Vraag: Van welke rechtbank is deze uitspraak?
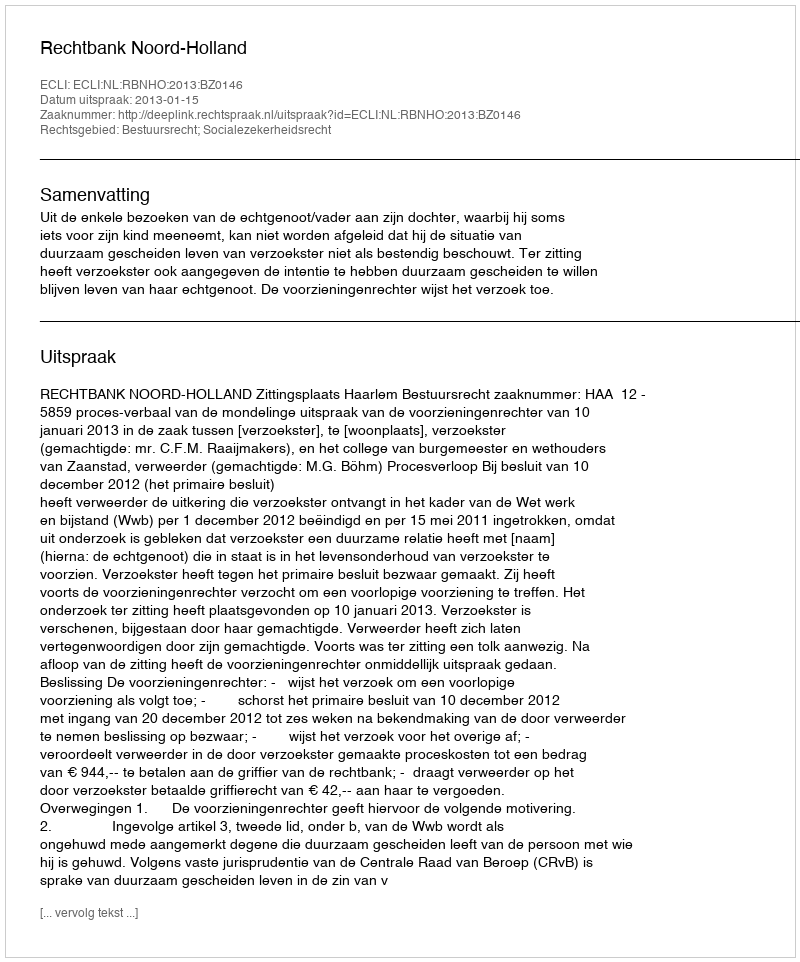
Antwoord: Rechtbank Noord-Holland